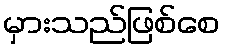
မှားသည်ဖြစ်စေ